Lunatic asylums in Bengal annual reports 1912-1924 - 1912-1924
Year: 1912
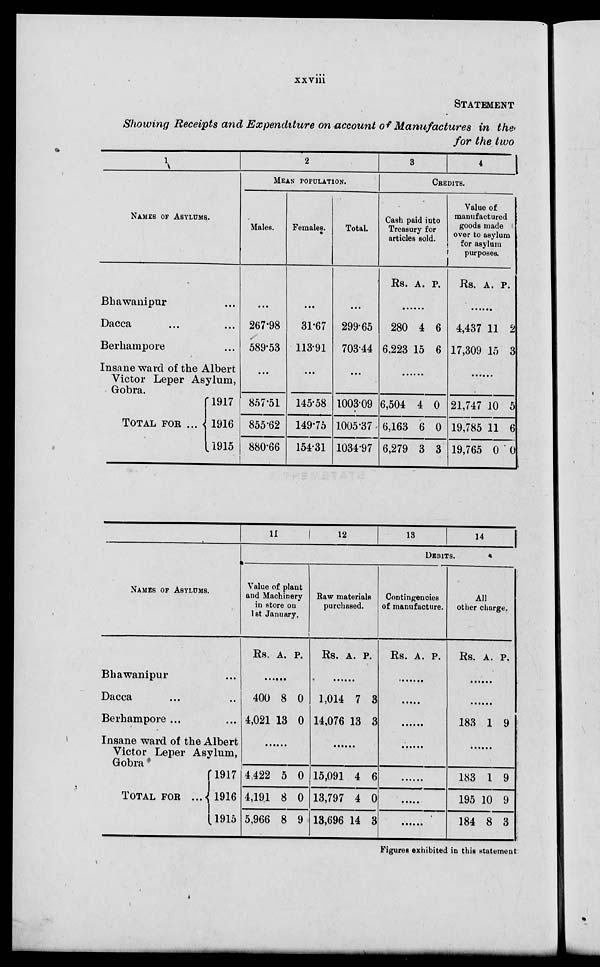
xxviii
STATEMENT
Showing Receipts and Expenditure on account of Manufactures in the
for the
1
NAMES OF ASYLUMS.
Bhawanipur ...
Dacca
...
...
Berhampore ...
Insane ward of the Albert
Victor Leper Asylum,
Gobra.
TOTAL FOR ...
1917
1916
1915
2
MEAN POPULATION.
Males.
...
267.98
589.53
...
857.51
855.62
880.66
Females.
...
31.67
113.91
...
145.58
149.75
154.31
Total.
...
299.65
703.44
...
1003.09
1005.37
1034.97
3
4
CREDITS.
Cash paid into
Treasury for
articles sold.
Rs. A. P.
......
280
6,223
4
15
6
6
......
6,504
6,163
6,279
4
6
3
0
0
3
Value of
manufactured
goods made
over to asylum
for asylum
purposes.
Rs. A. P.
......
4,437
17,309
11
15
2
3
......
21,747
19,785
19,765
10
11
0
5
6
0
NAMES OF ASYLUMS.
Bhawanipur ...
Dacca ... ...
Berhampore ...
Insane ward of the Albert
Victor Leper Asylum,
Gobra
TOTAL FOR ...
1917
1916
1915
11
12
13
14
DEBITS.
Value of plant
and Machinery
in store on
1st January.
Rs. A. P.
......
400
4,021
8
13
0
0
......
4,422
4,191
5,966
5
8
8
0
0
9
Raw materials
purchased.
Rs. A. P.
......
1,014
14,076
7
13
3
3
......
15,091
13,797
13,696
4
4
14
6
0
3
Contingencies
of manufacture.
Rs. A. P.
......
......
......
......
......
......
......
All
other charge.
Rs. A. P.
......
......
183 1 9
......
183
195
184
1
10
8
9
9
3
Figures exhibited in this statement